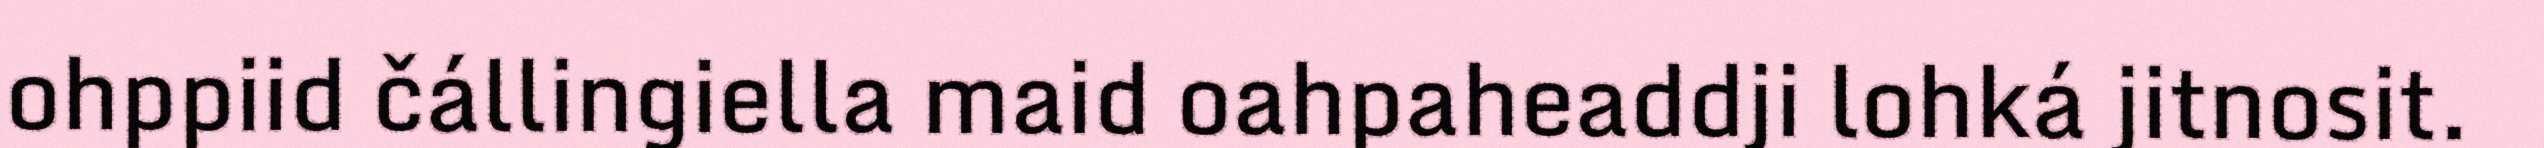
ohppiid čállingiella maid oahpaheaddji lohká jitnosit.